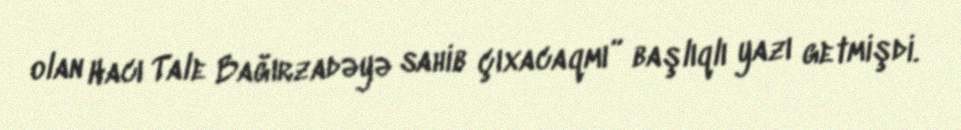
olan Hacı Tale Bağırzadəyə sahib çıxacaqmı” başlıqlı yazı getmişdi.